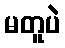
မတူပဲ